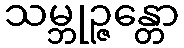
သမ္ဘုဉ္ဇန္တော